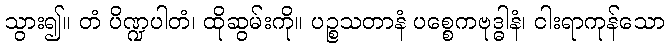
သွား၍။ တံ ပိဏ္ဍပါတံ၊ ထိုဆွမ်းကို။ ပဉ္စသတာနံ ပစ္စေကဗုဒ္ဓါနံ၊ ငါးရာကုန်သော